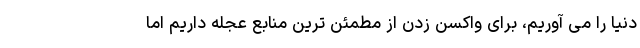
دنیا را می آوریم، برای واکسن زدن از مطمئن ترین منابع عجله داریم اما